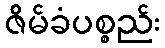
ဇိမ်ခံပစ္စည်း